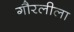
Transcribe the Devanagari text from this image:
गौरलीला